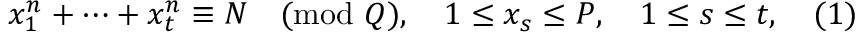
x _ { 1 } ^ { n } + \dots + x _ { t } ^ { n } \equiv N { \pmod { Q } } , \quad 1 \leq x _ { s } \leq P , \quad 1 \leq s \leq t , \quad ( 1 )